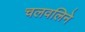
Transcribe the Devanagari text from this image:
चलवलिने